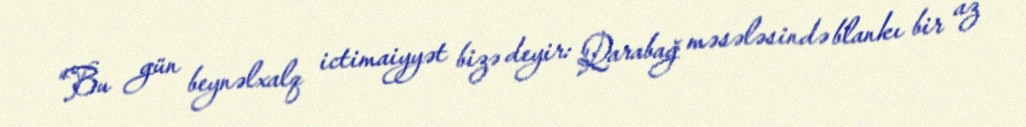
“Bu gün beynəlxalq ictimaiyyət bizə deyir: Qarabağ məsələsində blankı bir az